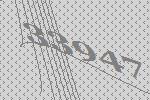
33947